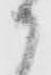
御